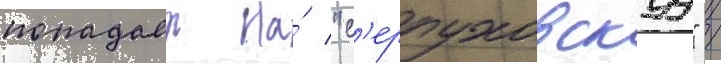
попадает на́ "с'ерпуховскуу" /